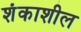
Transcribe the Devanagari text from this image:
शंकाशील